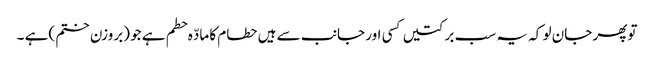
توپھر جان لو کہ یہ سب برکتیں کسی اور جانب سے ہیں حطام کا مادّہ حطم ہے جو (بروزن ختم )ہے ۔